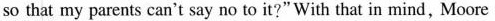
so that my parents can't say no to it?" With that in mind, Moore